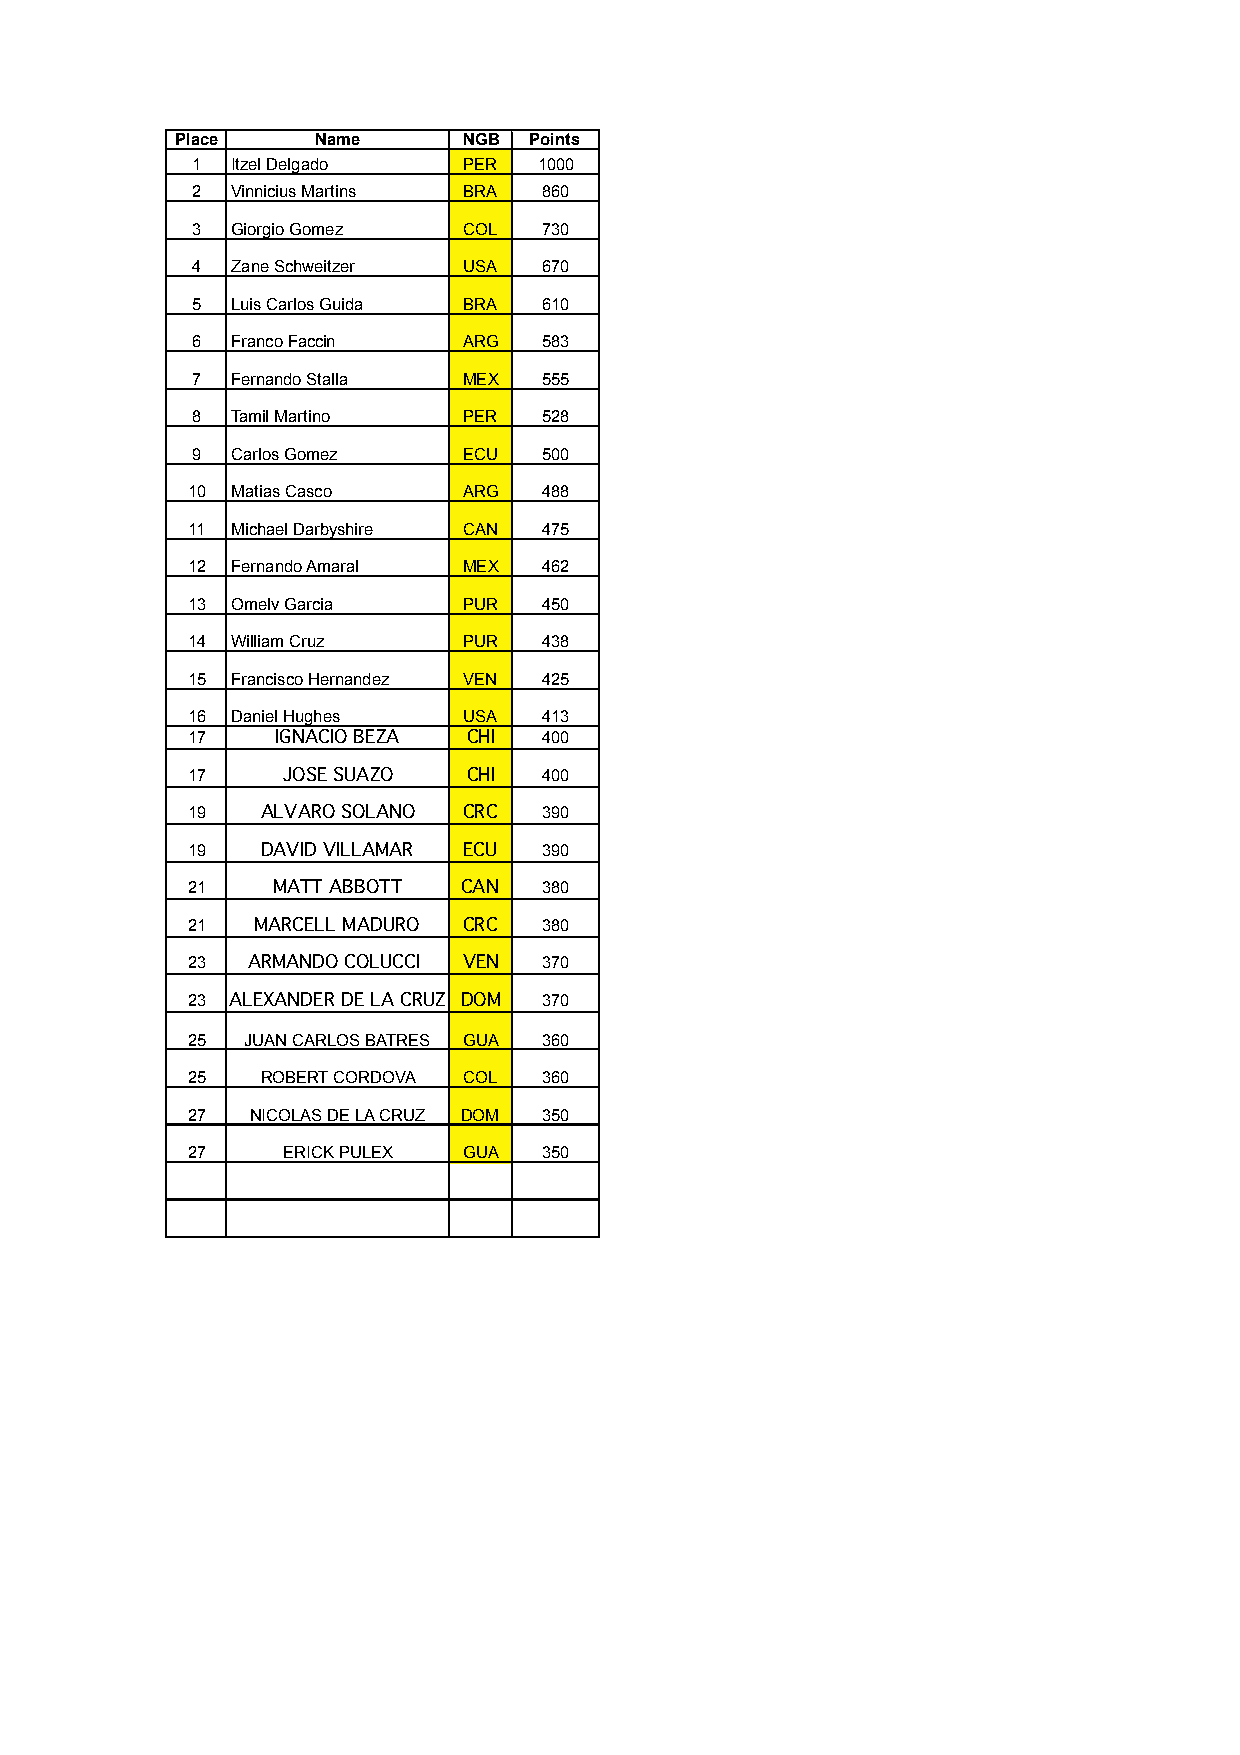
Place    Name      NGB Points
 1 Itzel Delgado   PER  1000
 2 Vinnicius Martins BRA 860
 3 Giorgio Gomez   COL  730
 4 Zane Schweitzer USA  670
 5 Luis Carlos Guida BRA 610
 6 Franco Faccin   ARG  583
 7 Fernando Stalla MEX  555
 8 Tamil Martino   PER  528
 9 Carlos Gomez    ECU  500
 10 Matias Casco    ARG  488
 11 Michael Darbyshire CAN 475
 12 Fernando Amaral MEX  462
 13 Omelv Garcia    PUR  450
 14 William Cruz    PUR  438
 15 Francisco Hernandez VEN 425
 16 Daniel Hughes   USA  413
 17    IGNACIO BEZA CHI  400
 17     JOSE SUAZO  CHI  400
 19   ALVARO SOLANO CRC  390
 19   DAVID VILLAMAR ECU 390
 21    MATT ABBOTT CAN   380
 21   MARCELL MADURO CRC 380
 23  ARMANDO COLUCCI VEN 370
 23 ALEXANDER DE LA CRUZ DOM 370
 25  JUAN CARLOS BATRES GUA 360
 25   ROBERT CORDOVA COL 360
 27   NICOLAS DE LA CRUZ DOM 350
 27     ERICK PULEX GUA  350